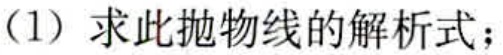
(1) 求此抛物线的解析式；